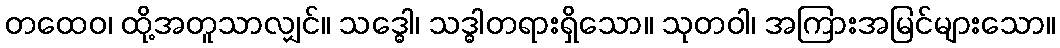
တထေဝ၊ ထို့အတူသာလျှင်။ သဒ္ဓေါ၊ သဒ္ဓါတရားရှိသော။ သုတဝါ၊ အကြားအမြင်များသော။